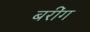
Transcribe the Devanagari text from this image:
बरींग